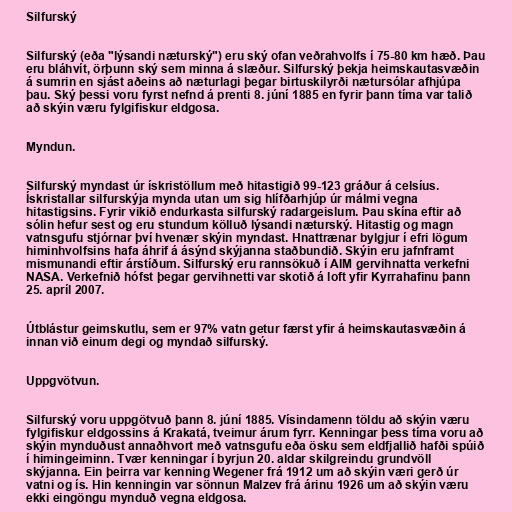
Silfurský

Silfurský (eða "lýsandi næturský") eru ský ofan veðrahvolfs í 75-80 km hæð. Þau
eru bláhvít, örþunn ský sem minna á slæður. Silfurský þekja heimskautasvæðin
á sumrin en sjást aðeins að næturlagi þegar birtuskilyrði nætursólar afhjúpa
þau. Ský þessi voru fyrst nefnd á prenti 8. júní 1885 en fyrir þann tíma var talið
að skýin væru fylgifiskur eldgosa.

Myndun.

Silfurský myndast úr ískristöllum með hitastigið 99-123 gráður á celsíus.
Ískristallar silfurskýja mynda utan um sig hlífðarhjúp úr málmi vegna
hitastigsins. Fyrir vikið endurkasta silfurský radargeislum. Þau skína eftir að
sólin hefur sest og eru stundum kölluð lýsandi næturský. Hitastig og magn
vatnsgufu stjórnar því hvenær skýin myndast. Hnattrænar bylgjur í efri lögum
himinhvolfsins hafa áhrif á ásýnd skýjanna staðbundið. Skýin eru jafnframt
mismunandi eftir árstíðum. Silfurský eru rannsökuð í AIM gervihnatta verkefni
NASA. Verkefnið hófst þegar gervihnetti var skotið á loft yfir Kyrrahafinu þann
25. apríl 2007.

Útblástur geimskutlu, sem er 97% vatn getur færst yfir á heimskautasvæðin á
innan við einum degi og myndað silfurský.

Uppgvötvun.

Silfurský voru uppgötvuð þann 8. júní 1885. Vísindamenn töldu að skýin væru
fylgifiskur eldgossins á Krakatá, tveimur árum fyrr. Kenningar þess tíma voru að
skýin mynduðust annaðhvort með vatnsgufu eða ösku sem eldfjallið hafði spúið
í himingeiminn. Tvær kenningar í byrjun 20. aldar skilgreindu grundvöll
skýjanna. Ein þeirra var kenning Wegener frá 1912 um að skýin væri gerð úr
vatni og ís. Hin kenningin var sönnun Malzev frá árinu 1926 um að skýin væru
ekki eingöngu mynduð vegna eldgosa.